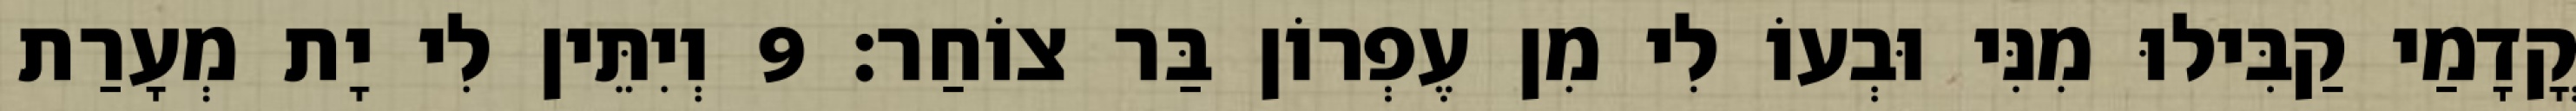
קֳדָמַי קַבִּילוּ מִנִּי וּבְעוֹ לִי מִן עֶפְרוֹן בַּר צוֹחַר׃ 9 וְיִתֵּין לִי יָת מְעָרַת